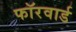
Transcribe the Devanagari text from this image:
फॉरवार्ड